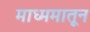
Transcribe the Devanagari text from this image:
माध्ममातून